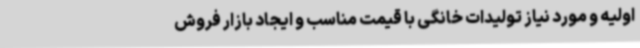
اولیه و مورد نیاز تولیدات خانگی با قیمت مناسب و ایجاد بازار فروش